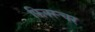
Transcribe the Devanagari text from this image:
फ़िक्स्चर